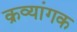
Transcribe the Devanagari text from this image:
क्रव्यांगक